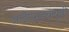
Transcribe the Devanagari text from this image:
आईएसडब्ल्यूपी